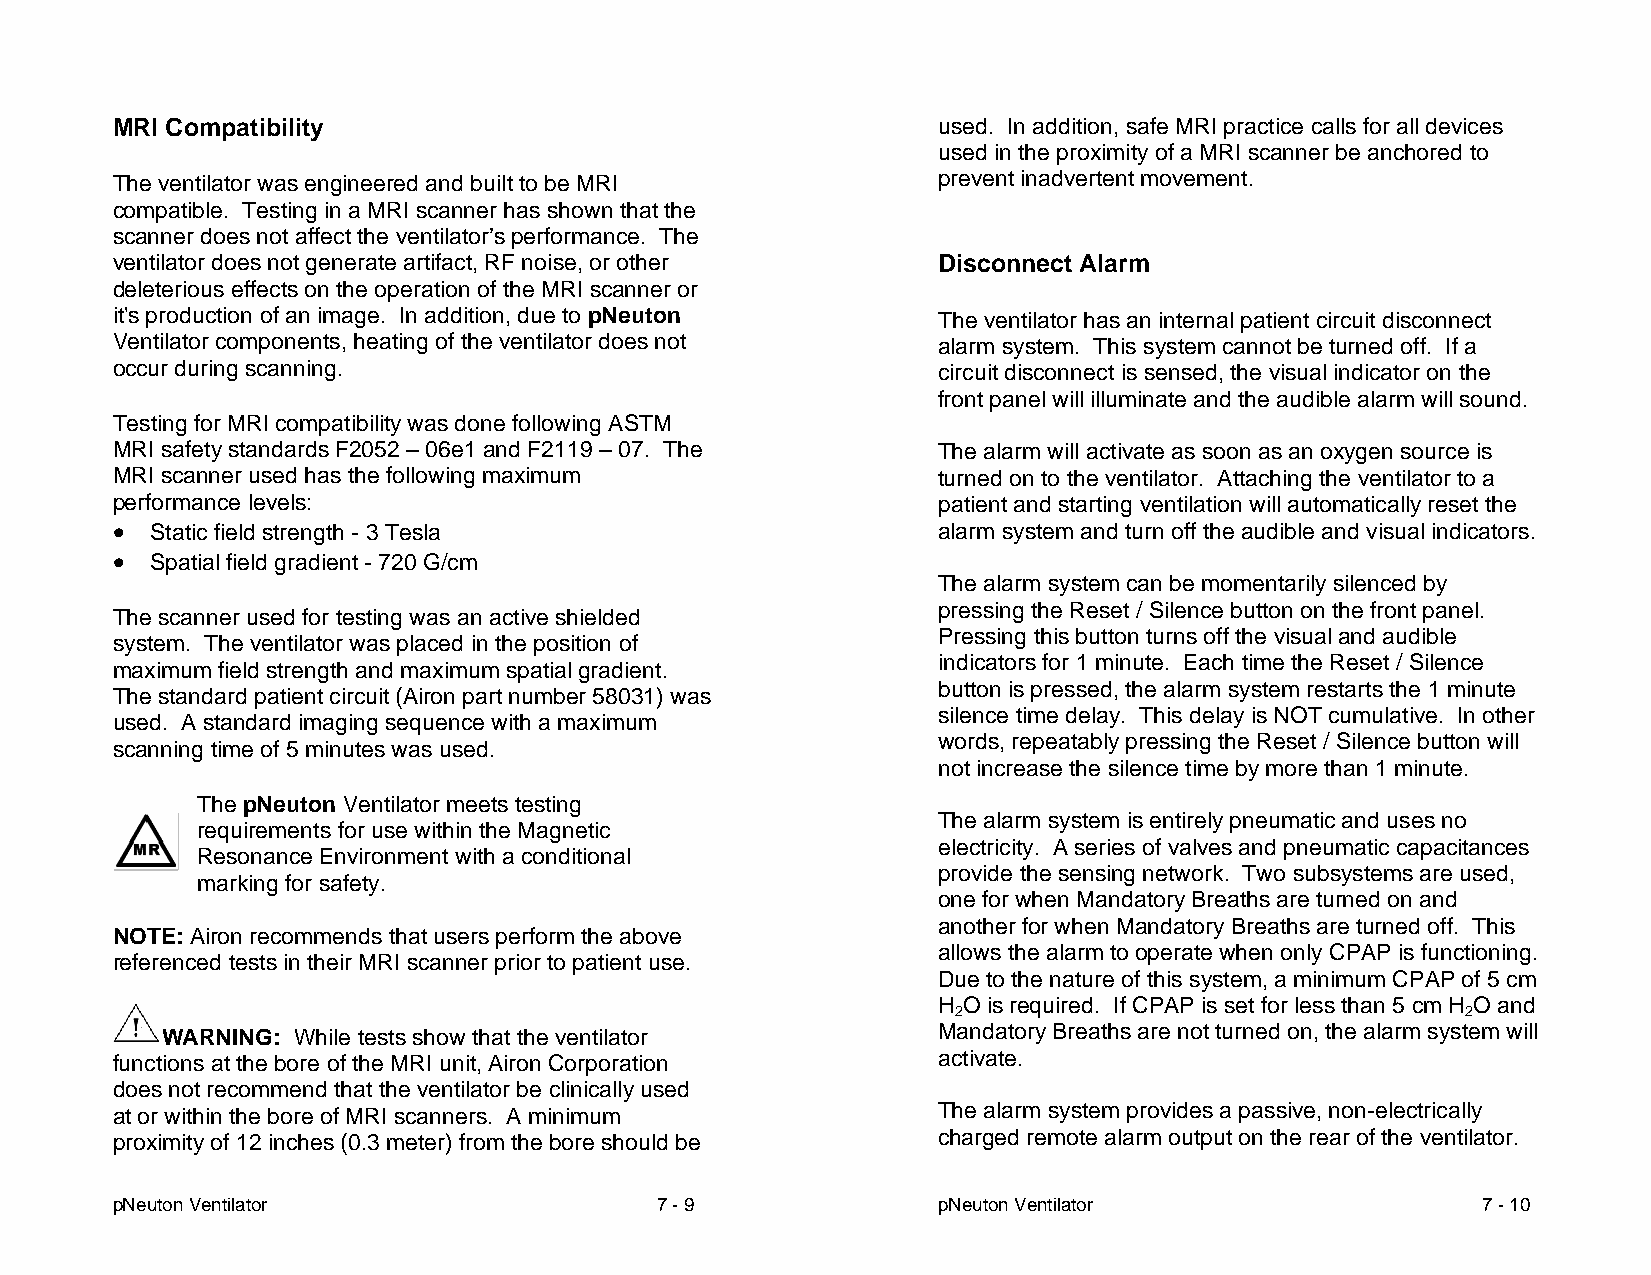
MRI Compatibility                                      used. In addition, safe MRI practice calls for all devices
 used in the proximity of a MRI scanner be anchored to
 The ventilator was engineered and built to be MRI      prevent inadvertent movement.
 compatible. Testing in a MRI scanner has shown that the
 scanner does not affect the ventilator’s performance. The
 ventilator does not generate artifact, RF noise, or other Disconnect Alarm
 deleterious effects on the operation of the MRI scanner or
 it's production of an image. In addition, due to pNeuton The ventilator has an internal patient circuit disconnect
 Ventilator components, heating of the ventilator does not alarm system. This system cannot be turned off. If a
 occur during scanning.                                 circuit disconnect is sensed, the visual indicator on the
 front panel will illuminate and the audible alarm will sound.
 Testing for MRI compatibility was done following ASTM
 MRI safety standards F2052 – 06e1 and F2119 – 07. The  The alarm will activate as soon as an oxygen source is
 MRI scanner used has the following maximum             turned on to the ventilator. Attaching the ventilator to a
 performance levels:                                    patient and starting ventilation will automatically reset the
  Static field strength - 3 Tesla                     alarm system and turn off the audible and visual indicators.
  Spatial field gradient - 720 G/cm
 The alarm system can be momentarily silenced by
 pressing the Reset / Silence button on the front panel.
 The scanner used for testing was an active shielded
 Pressing this button turns off the visual and audible
 system. The ventilator was placed in the position of
 indicators for 1 minute. Each time the Reset / Silence
 maximum field strength and maximum spatial gradient.
 button is pressed, the alarm system restarts the 1 minute
 The standard patient circuit (Airon part number 58031) was
 silence time delay. This delay is NOT cumulative. In other
 used. A standard imaging sequence with a maximum
 words, repeatably pressing the Reset / Silence button will
 scanning time of 5 minutes was used.
 not increase the silence time by more than 1 minute.
 The pNeuton Ventilator meets testing
 The alarm system is entirely pneumatic and uses no
 requirements for use within the Magnetic
 electricity. A series of valves and pneumatic capacitances
 Resonance Environment with a conditional
 provide the sensing network. Two subsystems are used,
 marking for safety.
 one for when Mandatory Breaths are turned on and
 another for when Mandatory Breaths are turned off. This
 NOTE: Airon recommends that users perform the above
 allows the alarm to operate when only CPAP is functioning.
 referenced tests in their MRI scanner prior to patient use.
 Due to the nature of this system, a minimum CPAP of 5 cm
 H O is required. If CPAP is set for less than 5 cm H O and
 2                                 2
 WARNING: While tests show that the ventilator      Mandatory Breaths are not turned on, the alarm system will
 functions at the bore of the MRI unit, Airon Corporation activate.
 does not recommend that the ventilator be clinically used
 at or within the bore of MRI scanners. A minimum       The alarm system provides a passive, non-electrically
 proximity of 12 inches (0.3 meter) from the bore should be charged remote alarm output on the rear of the ventilator.
 pNeuton Ventilator                  7 - 9              pNeuton Ventilator                  7 - 10